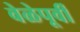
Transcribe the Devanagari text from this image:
वेळेपूर्वी